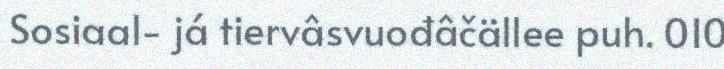
Sosiaal- já tiervâsvuođâčällee puh. 010